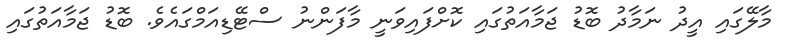
މާލޭގައި އީދު ނަމާދު ބޮޑު ޖަމާއަތުގައި ކޮށްފައިވަނީ މާފަންނު ސްޓޭޑިއަމްގައެވެ. ބޮޑު ޖަމާއަތުގައި